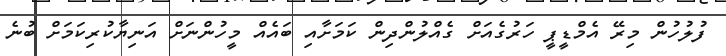
ފުލުހުން މިރޭ އެމްޑީޕީ ހަރުގެއަށް ގެއްލުންދިން ކަމަށާއި ބައެއް މީހުންނަށް އަނިޔާކުރިކަމަށް ބުނެ